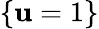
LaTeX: \{ \mathbf{u}=1\}